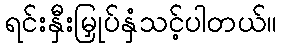
ရင်းနှီးမြှုပ်နှံသင့်ပါတယ်။